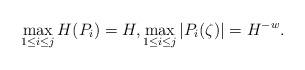
LaTeX: \begin{align*}\max_{1\leq i\leq j} H(P_{i})= H, \max_{1\leq i\leq j} \vert P_{i}(\zeta)\vert= H^{-w}.\end{align*}